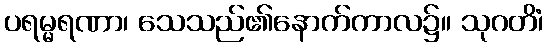
ပရမ္မရဏာ၊ သေသည်၏နောက်ကာလ၌။ သုဂတိံ၊